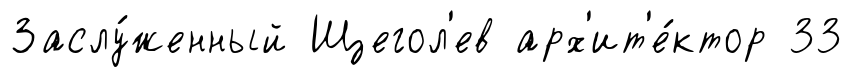
Заслу́женный Щегол'ев арх'ит'е́ктор 33